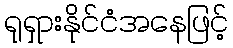
ရုရှားနိုင်ငံအနေဖြင့်